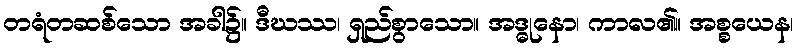
တရံတဆစ်သော အခါ၌။ ဒီဃဿ၊ ရှည်စွာသော။ အဒ္ဓုနော၊ ကာလ၏။ အစ္စယေန၊